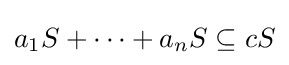
a_{1}S+\cdots +a_{n}S\subseteq cS